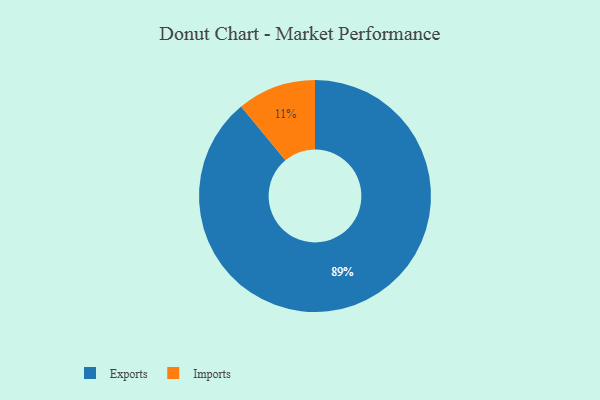
{"axis": {"x": "Category", "y": "Percentage"}, "legend": ["Exports", "Imports"], "data": [{"x": "Imports", "y": 11, "type": "Imports"}, {"x": "Exports", "y": 89, "type": "Exports"}]}